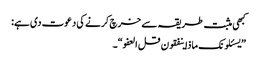
کبھی مثبت طریقہ سے خرچ کرنے کی دعوت دی ہے:
”یسئلونک ماذا ینفقون قل العفو“۔